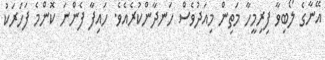
އޭނާގެ ލޯބިވާ ފިރިމީހާ މަތިން މިއަދުވެސް ހަނދާންކުރެއެވެ. ހައިފާ ފެންނަ ކޮންމެ ފަހަރަކު